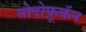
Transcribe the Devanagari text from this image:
तोदोफ़ूकॅन